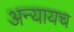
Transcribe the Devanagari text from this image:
अन्यायच